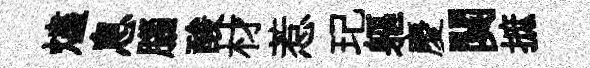
燼息腦酸材惹玘軀慶闋摭